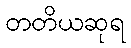
တတိယဆုရ